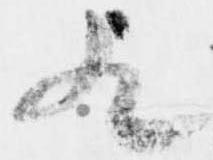
歟